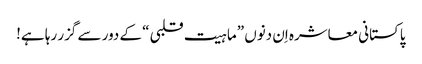
پاکستانی معاشرہ اِن دنوں ”ماہیت قلبی“ کے دور سے گزر رہا ہے!